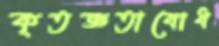
কৃতজ্ঞতাবোধ